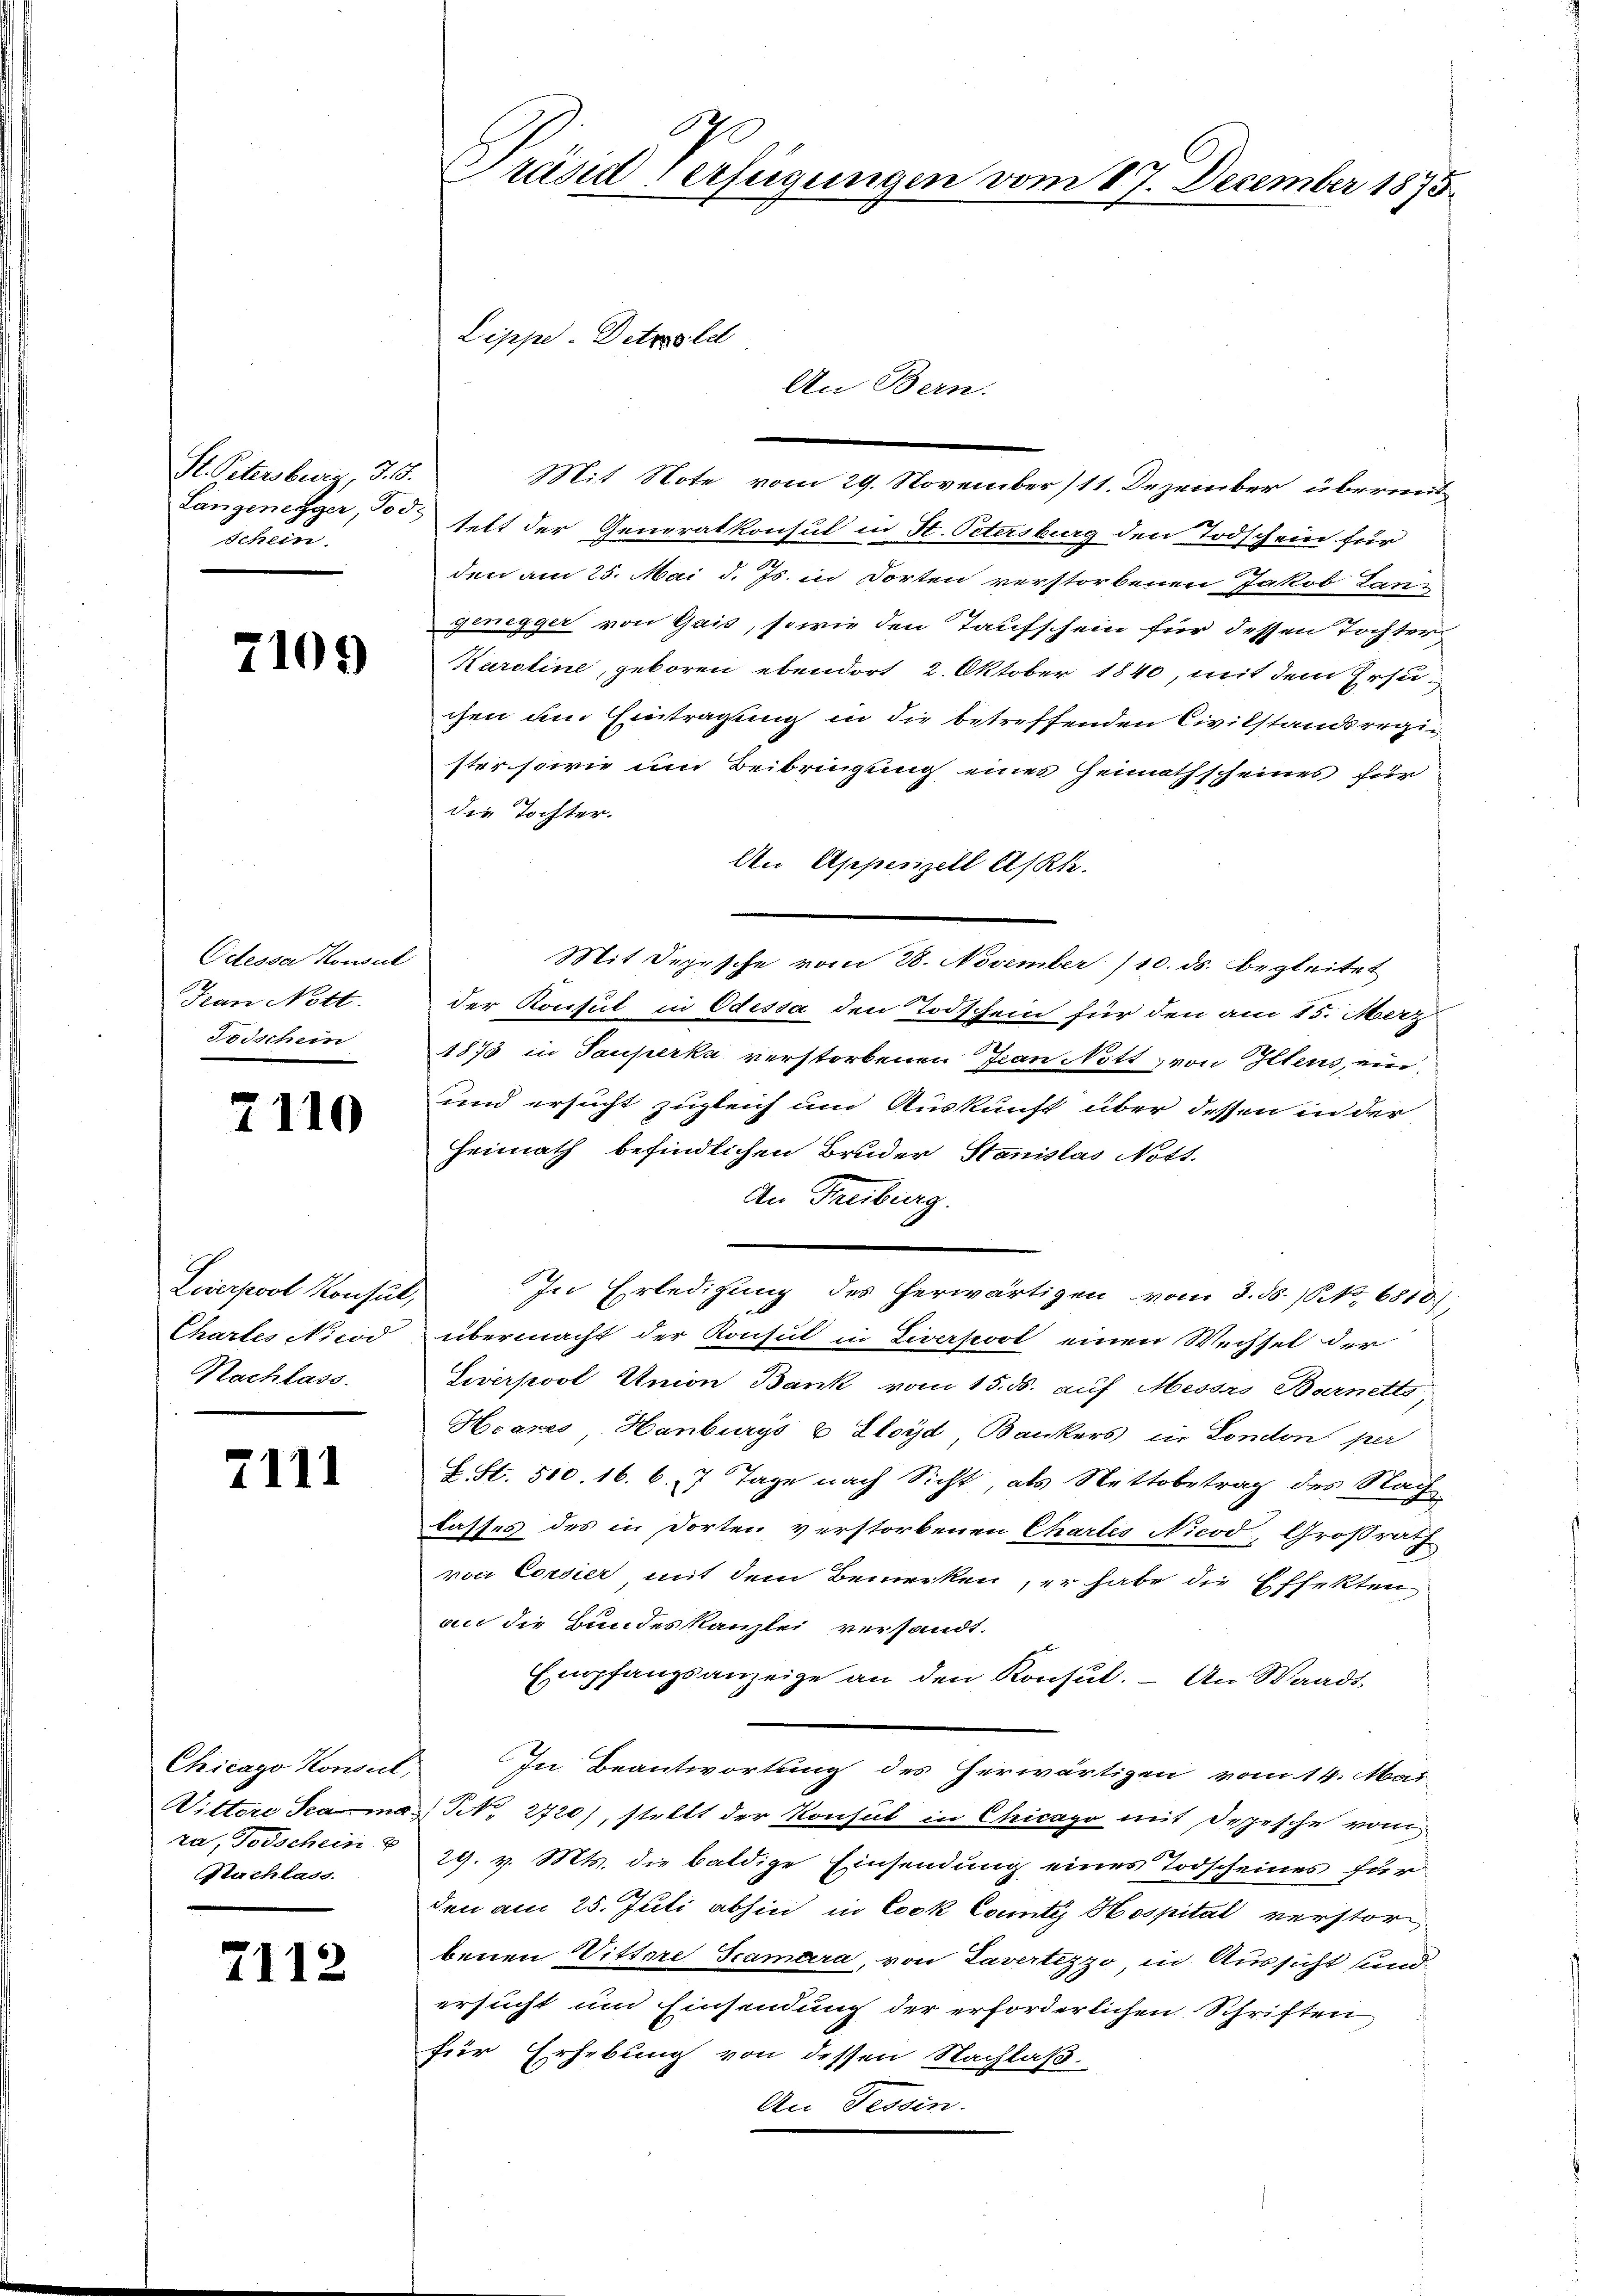
St. Petersburg, S. 18.
Langenegger, Tod.
schein.

7109

Octesser Konsul
Han Nott.
Todschein

7110

Liverpool Konsul,
Chartes Nicod
Nachlass.

7111

Chicago Konsul
ra, Todschein u
Nachlass.

7112

.
Präsid verfügungen vom 17. December 1873.

Lippe-Detrold
An Bern.

Mit Note vom 29. November (11. Dezember übermit
telt der Generalkonsul in St. Petersburg den Todschein für
den am 25. Mai d. Js. in dorten verstorbenen Jakob Langenegger von Gais, sowie den Taufschein für dessen Tochter
Karoline, geboren ebendort 2. Oktober 1840, mit dem Ersuchen am Eintragung in die betreffenden Civilstandsregister sowie um Beibringung eines Heimathscheines für
die Tochter.
An Appenzell A/Rh.
Mit Sepische vom 28. November 110. ds. begleitet
der Konsul in Odessa den Todschein für den am 15. Merz
1875 in Tauperka verstorbenen Jean Nott von Iltens, ein¬
und ersucht zugleich um Auskunft über dessen in der
Heimath befindlichen Bruder Stanislas Nott.
An Freiburg.
In Erledigung des herwärtigen vom 3. 58. No. 6810.
übermacht der Konsul in Liversort einen Wechsel der
Liverpool Union Bank vom 15. ds. auf Messro Bernetts
Hoares Hanburgs & Lloyd Bankers in London per
S. St. 510. 16. 6. 7 Tage nach Sicht, als Nettobetrag des Nach
lasses des in Dorten verstorbenen Chartes Nicod, Großrath
von Corsier mit dem Bemerken, er habe die Effekten
an die Bundeskanzlei versandt.
Empfangsanzeige an den Konsŭl. – An Waadt
In Beantwortung des herwärtigen vom 14. Mai
Vittore Trama N. 2720), stellt der Konsul in Chicago mit Depesche vom
29. v. Mts. die baldige Einsendung eines Todscheines für
den am 25. Juli abhin in Cook Cotiz Hospital verstorbenen Vittore Scamara, von Tavertizzo, in Aussicht sundersucht um Einsendung der erforderlichen Schriften
für Erhebung von dessen Nachlaß.
An Tessin.